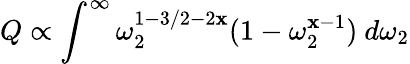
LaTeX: Q\propto\int^{\infty}\omega_{2}^{1-3/2-2\mathbf{x}}(1-\omega_{2}^{\mathbf{x}-1})\ d\omega_{2}